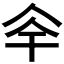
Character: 𠇨